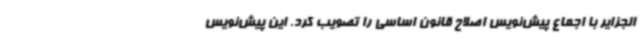
الجزایر با اجماع پیش‌نویس اصلاح قانون اساسی را تصویب کرد. این پیش‌نویس